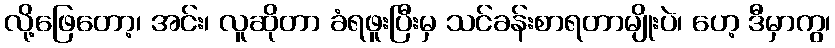
လို့ဖြေတော့၊ အင်း၊ လူဆိုတာ ခံရဖူးပြီးမှ သင်ခန်းစာရတာမျိုးပဲ၊ ဟေ့ ဒီမှာကွ၊